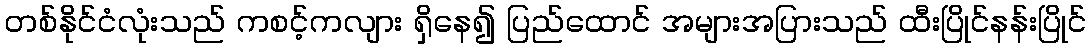
တစ်နိုင်ငံလုံးသည် ကစင့်ကလျား ရှိနေ၍ ပြည်ထောင် အများအပြားသည် ထီးပြိုင်နန်းပြိုင်